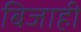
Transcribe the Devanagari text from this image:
बिजाही